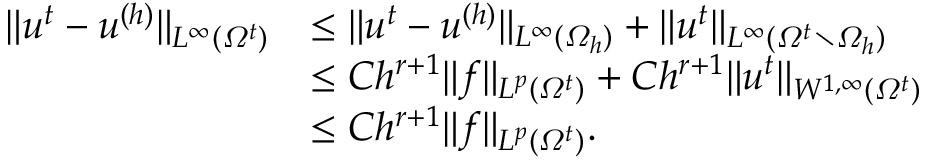
\begin{array} { r l } { \| u ^ { t } - u ^ { ( h ) } \| _ { L ^ { \infty } ( \varOmega ^ { t } ) } } & { \leq \| u ^ { t } - u ^ { ( h ) } \| _ { L ^ { \infty } ( \varOmega _ { h } ) } + \| u ^ { t } \| _ { L ^ { \infty } ( \varOmega ^ { t } \setminus \varOmega _ { h } ) } } \\ & { \leq C h ^ { r + 1 } \| f \| _ { L ^ { p } ( \varOmega ^ { t } ) } + C h ^ { r + 1 } \| u ^ { t } \| _ { W ^ { 1 , \infty } ( \varOmega ^ { t } ) } } \\ & { \leq C h ^ { r + 1 } \| f \| _ { L ^ { p } ( \varOmega ^ { t } ) } . } \end{array}